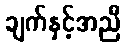
ချက်နှင့်အညီ